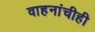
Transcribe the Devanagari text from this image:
वाहनांचीही